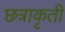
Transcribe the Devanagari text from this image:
छत्राकृती